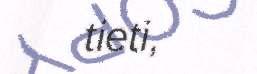
tieti,